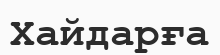
Хайдарға